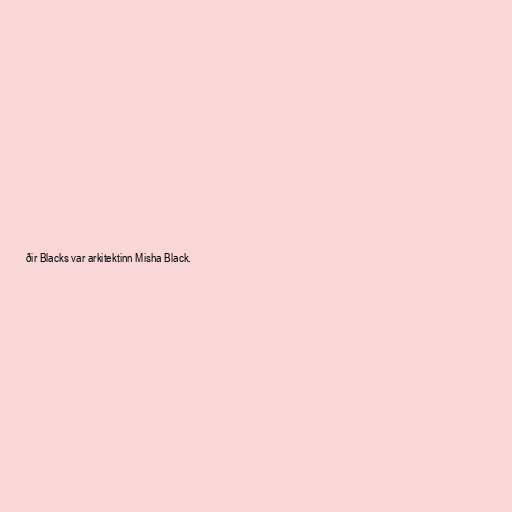
ðir Blacks var arkitektinn Misha Black.